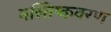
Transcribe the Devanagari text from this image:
मस्तिष्कवरण